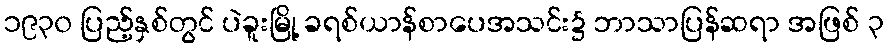
၁၉၃၀ ပြည့်နှစ်တွင် ပဲခူးမြို့ ခရစ်ယာန်စာပေအသင်း၌ ဘာသာပြန်ဆရာ အဖြစ် ၃